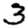
Digit: 3